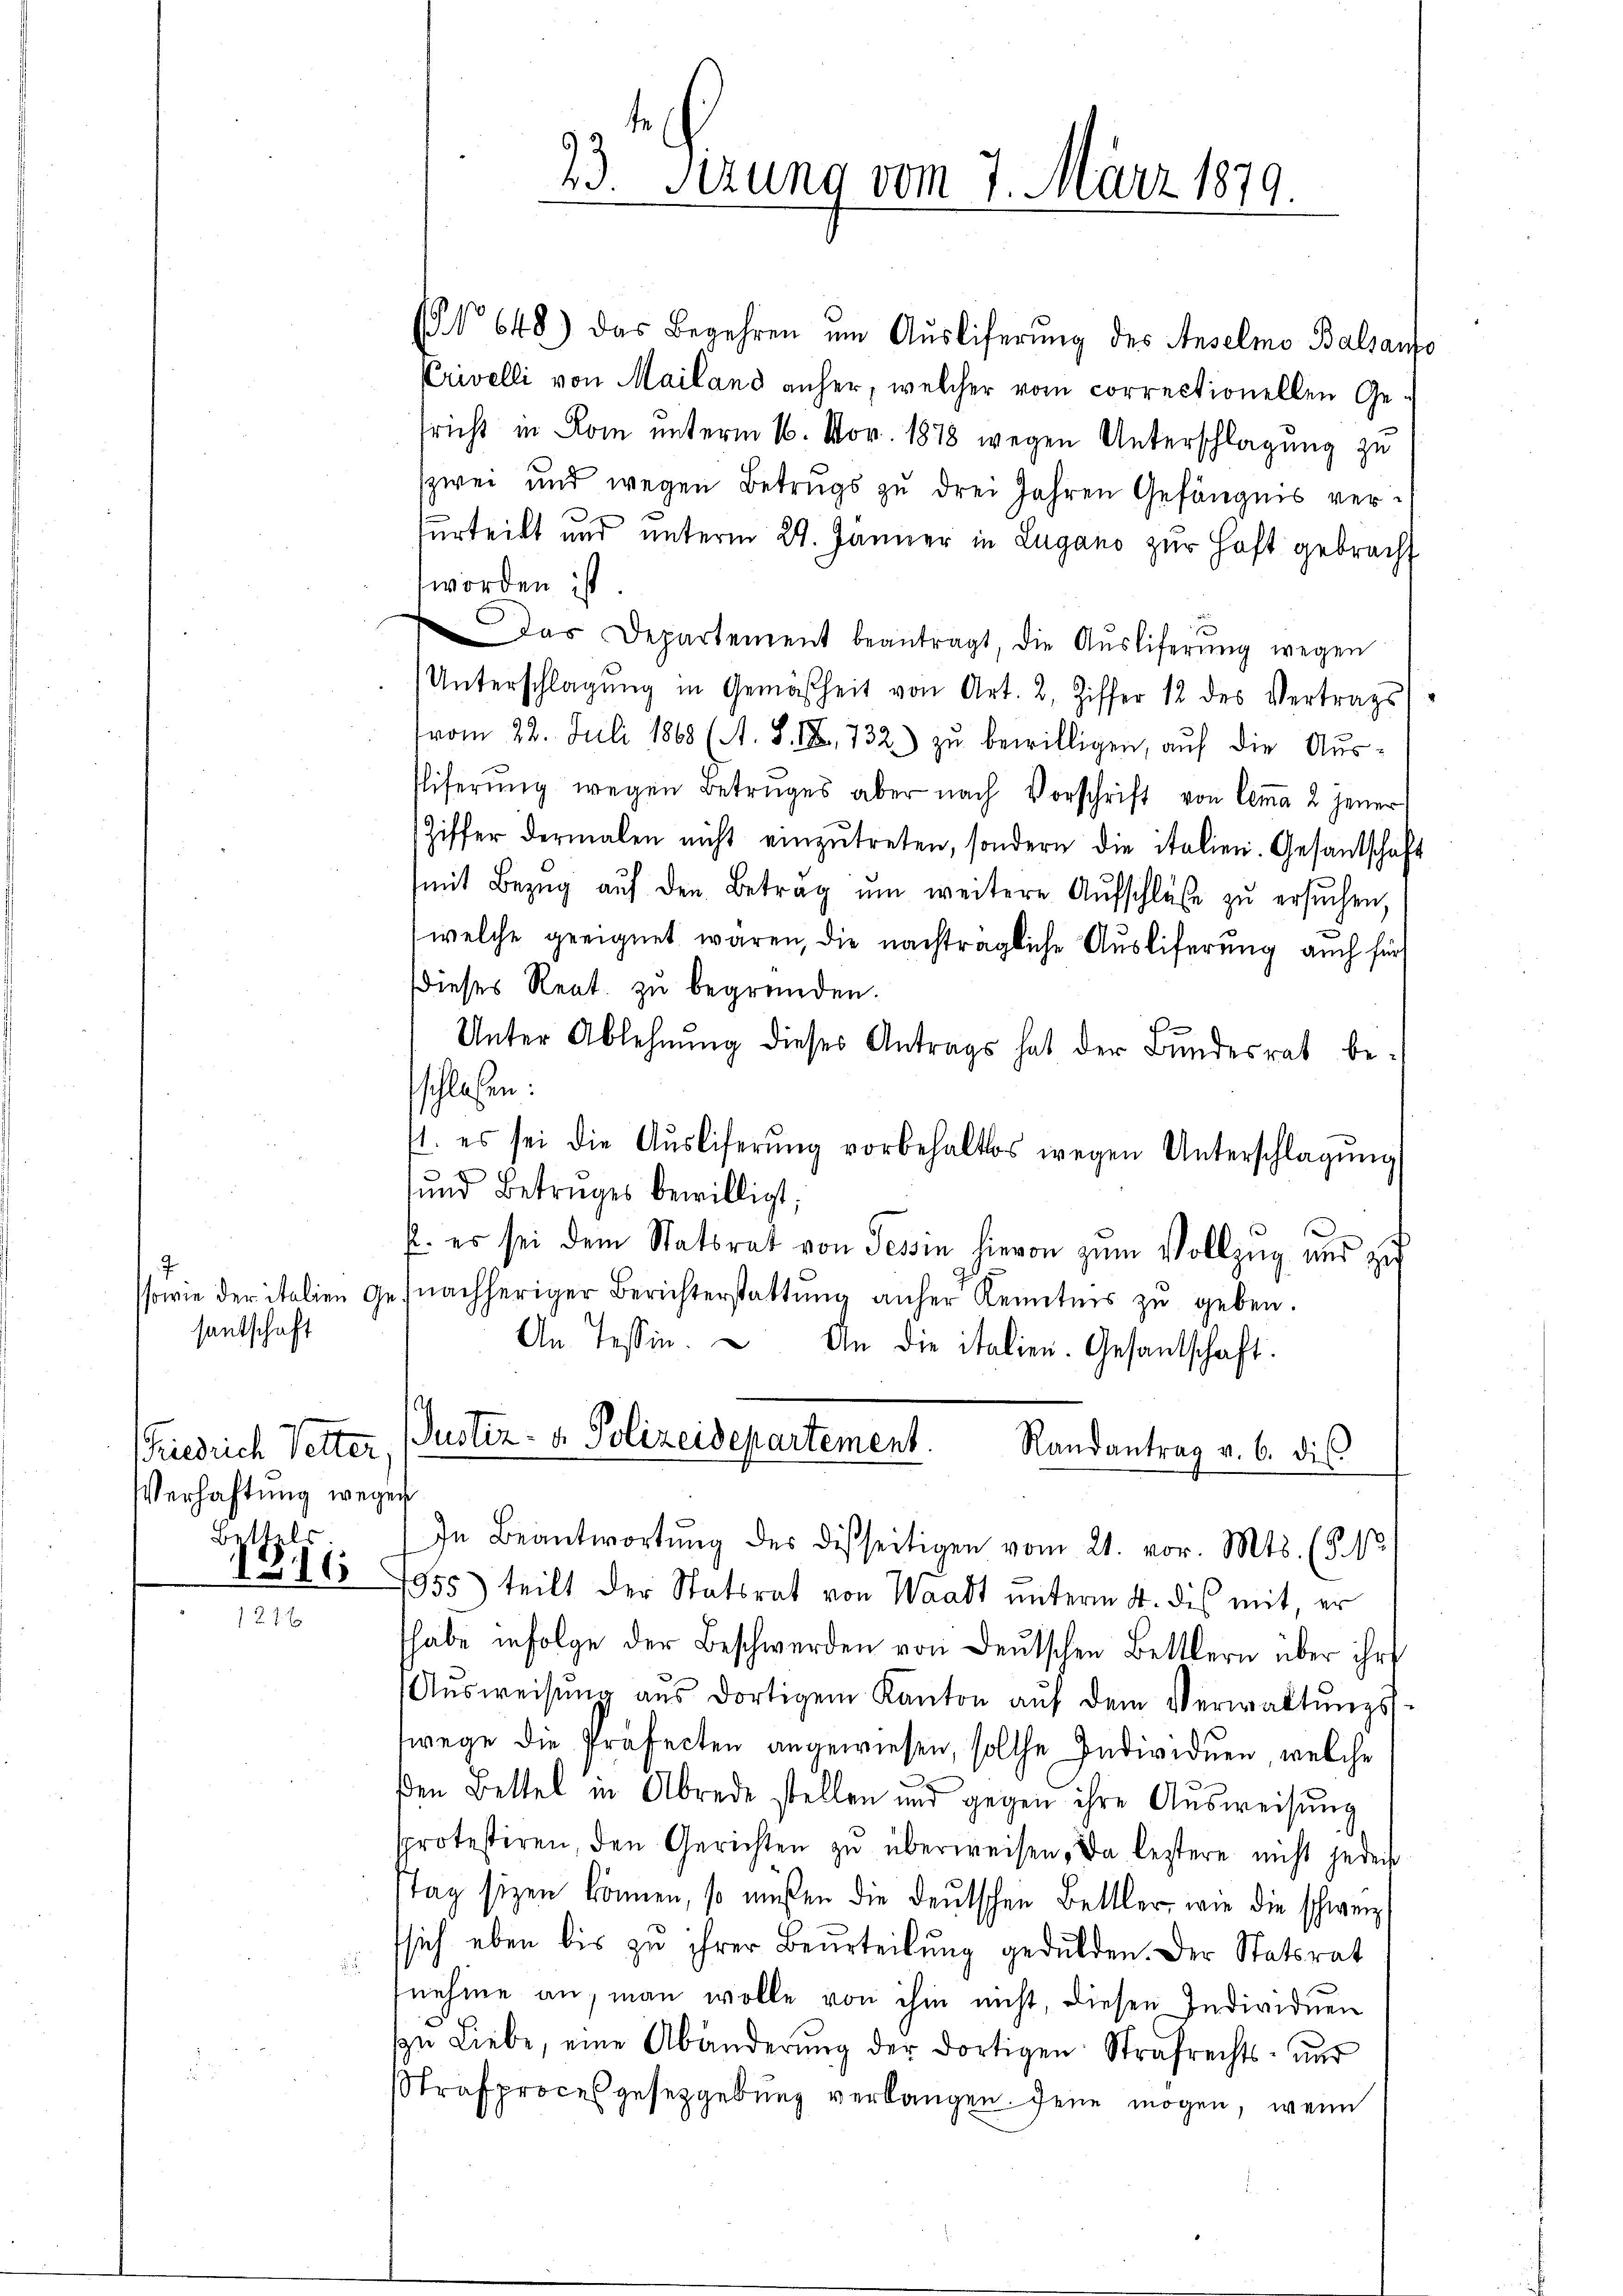
ssowie der italien 9
santschaft

riedrich Selter
Verhaftung wegen
Bethels

3. Verung vom 7. März 1879.

(§ 648) das Begehren um Aŭsliferung des Anselmo Balsanto
Crivelli von Mailand anher, welcher vom correctionellen Gesricht in Rom unterm 16. Nov. 1878 wegen Unterschlagung zu
zwei und wegen Betrugs zu drei Jahren Gefängnis verfurteilt und unterm 29. Jänner in Lugano zur Haft gebracht
worden ist.
Das Departement beantragt, die Aŭsliferŭng wegen
Unterschlagung in Gemäßheit von Art. 2, Ziffer 12 des Vertrags
vom 22. Juli 1868 (A. S. I, 732.) zu bewilligen, auf die Aus¬
Eiferŭng wegen Betruges aber nach Vorschrift von Comma 2 jener
Ziffer dermalen nicht einzŭtreten, sondern die italien. Gesantschaft
(mit Bezŭg aŭf den Betrag ŭm weitere Aŭfschlüβe zŭ ersŭchen,
welche geeignet waren, die nachträgliche Ausliferung auch für
Dieses Rect. zu begründen.
Unter Ablehnung dieses Antrags hat der Bundesrat besschloßen:
1. es sei die Aŭsliferŭng vorbehaltes wegen Unterschlagung
sund Betruges bewilligt;
E. es sei dem Statsrat von Tessin hievon zum Vollzug und zu
je nachheriger Berichterstattung anher Kenntnis zu geben.
An Tessin.  An die italien. Gesantschaft.
I
Justiz- & Polizeidepartement.
Randantrag v. 6. dis
In Beantwortung des disseitigen vom 21. vor. Mts. (§. 13
111 7955) teilt der Statsrat von Waadt unterm 4. dis mit, er
habe infolge der Beschwerden von Deutschen Bettlern über ihre
Aŭsweisŭng aŭs dortigem Kanton aŭf dem Verwaltŭngs-
wege die Präfecten angewiesen, solche Individuen, welche
den Bettel in Abrede stellen und gegen ihre Aŭsweisung
kprotestiren, den Gerichten zu überweisen, da lestere nicht jedeih
tag sizen können, so müssen die deutschen Bettler, wie die schweiz
sich eben bis zu ihrer Beurteilung gedulden. Der Statsrat
nehme an, man wolle von ihm nicht, diesen Individuen
In Liebe, eine Abänderŭng der dortigen Strafrechts- und
Strafprocesgesetzgebung verlangen. Jene mögen, wenn